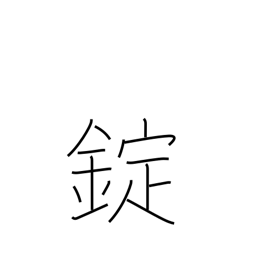
Meaning: shackles